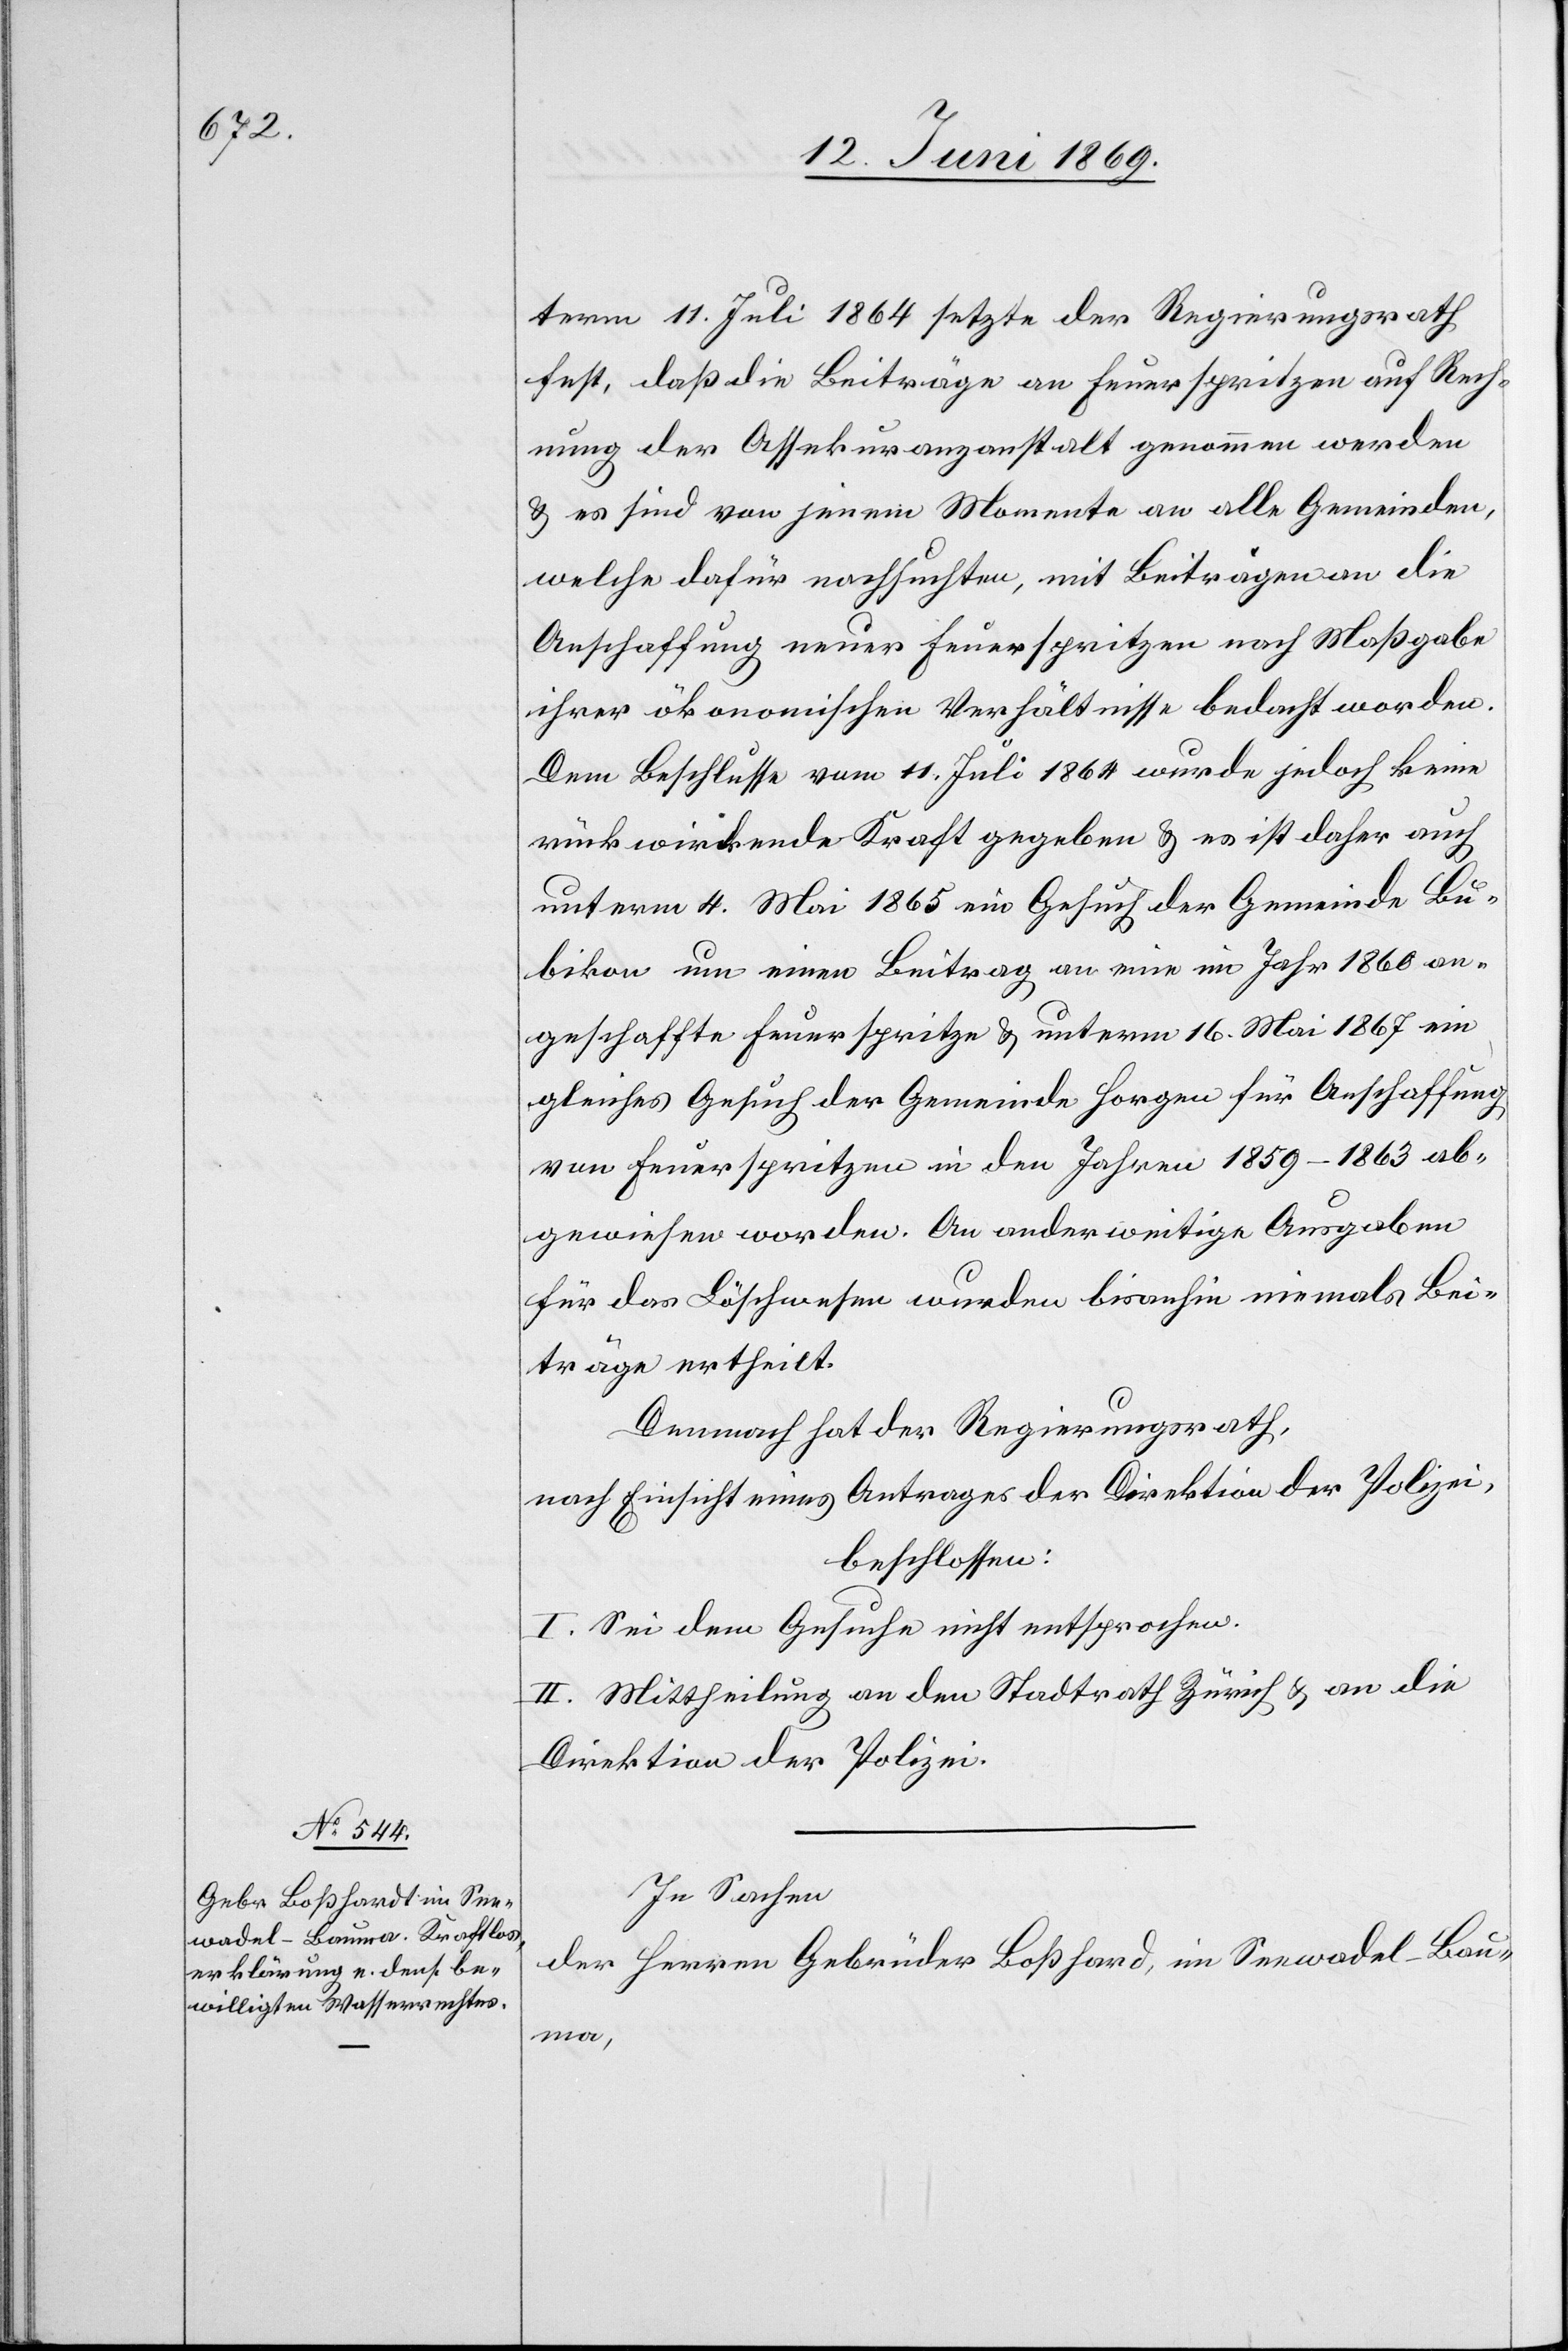
term 11. Juli 1864 setzte der Regierungsrath
fest, daß die Beiträge an Feuerspritzen auf Rech¬
nung der Assekuranzanstalt genommen werden
u. es sind von jenem Monate an alle Gemeinden,
welche dafür nachsuchten, mit Beiträgen an die
Anschaffung neuer Feuerspritzen nach Maßgabe
ihrer ökonomischen Verhältnisse bedacht worden.
Dem Beschlusse vom 11. Juli 1864 ein Gesuch der Gemeinde
bikon um einen Beitrag an eine im Jahr 1860 an¬
geschaffte Feuerspritze u. unterm 16. Mai 1867 ein
gleiches Gesuch der Gemeinde Horgen für Anschaffung,
von Feuerspritzen in den Jahren 1859–1863 ab¬
gewiesen worden. An anderweitige Ausgaben
für das Löschwesen wurden bisanhin niemals Bei¬
träge ertheilt.
Demnach hat der Regierungsrath,
nach Einsicht eines Antrages der Direktion der Polizei,
beschlossen:
I. Sei dem Gesuche nicht entsprochen.
II. Mittheilung an den Stadtrath Zürich u. an die
Direktion der Polizei.
In Sachen
Herren Gebrüder Boßhard, im Seewadel-Bau¬
der
ma,